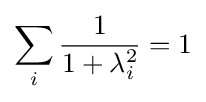
\sum _{i}{\frac {1}{1+\lambda _{i}^{2}}}=1